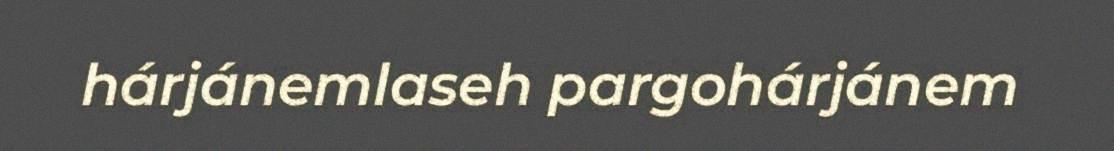
hárjánemlaseh pargohárjánem